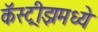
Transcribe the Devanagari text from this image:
कॅस्ट्रीझमध्ये